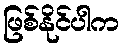
ဖြစ်နိုင်ပါက